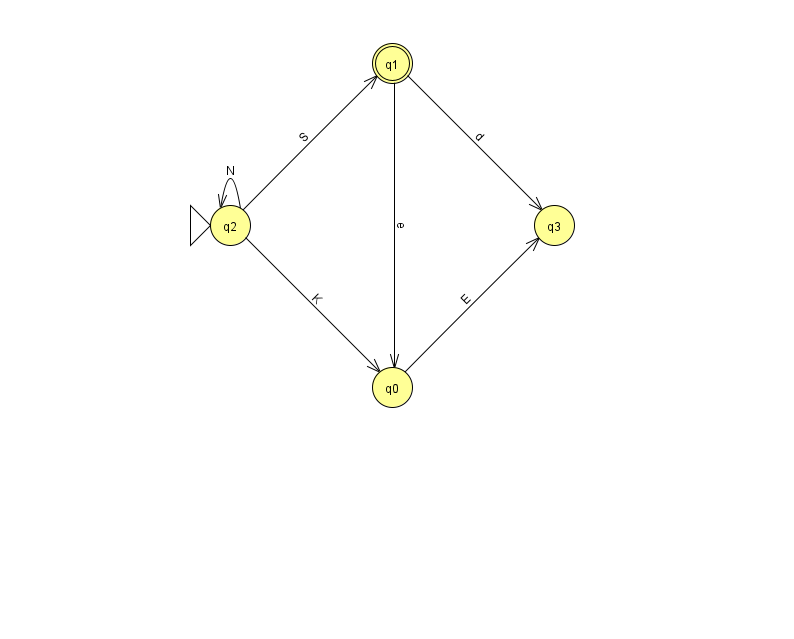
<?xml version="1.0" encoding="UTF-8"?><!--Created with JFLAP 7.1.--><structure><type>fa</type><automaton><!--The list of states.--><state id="0" name="q0"><x>392.0</x><y>374.0</y></state><state id="1" name="q1"><x>392.0</x><y>50.0</y><final/></state><state id="2" name="q2"><x>230.0</x><y>212.0</y><initial/></state><state id="3" name="q3"><x>554.0</x><y>212.0</y></state><!--The list of transitions.--><transition><from>1</from><to>0</to><read>e</read></transition><transition><from>2</from><to>1</to><read>S</read></transition><transition><from>0</from><to>3</to><read>E</read></transition><transition><from>2</from><to>0</to><read>K</read></transition><transition><from>2</from><to>2</to><read>N</read></transition><transition><from>1</from><to>3</to><read>d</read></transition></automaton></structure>